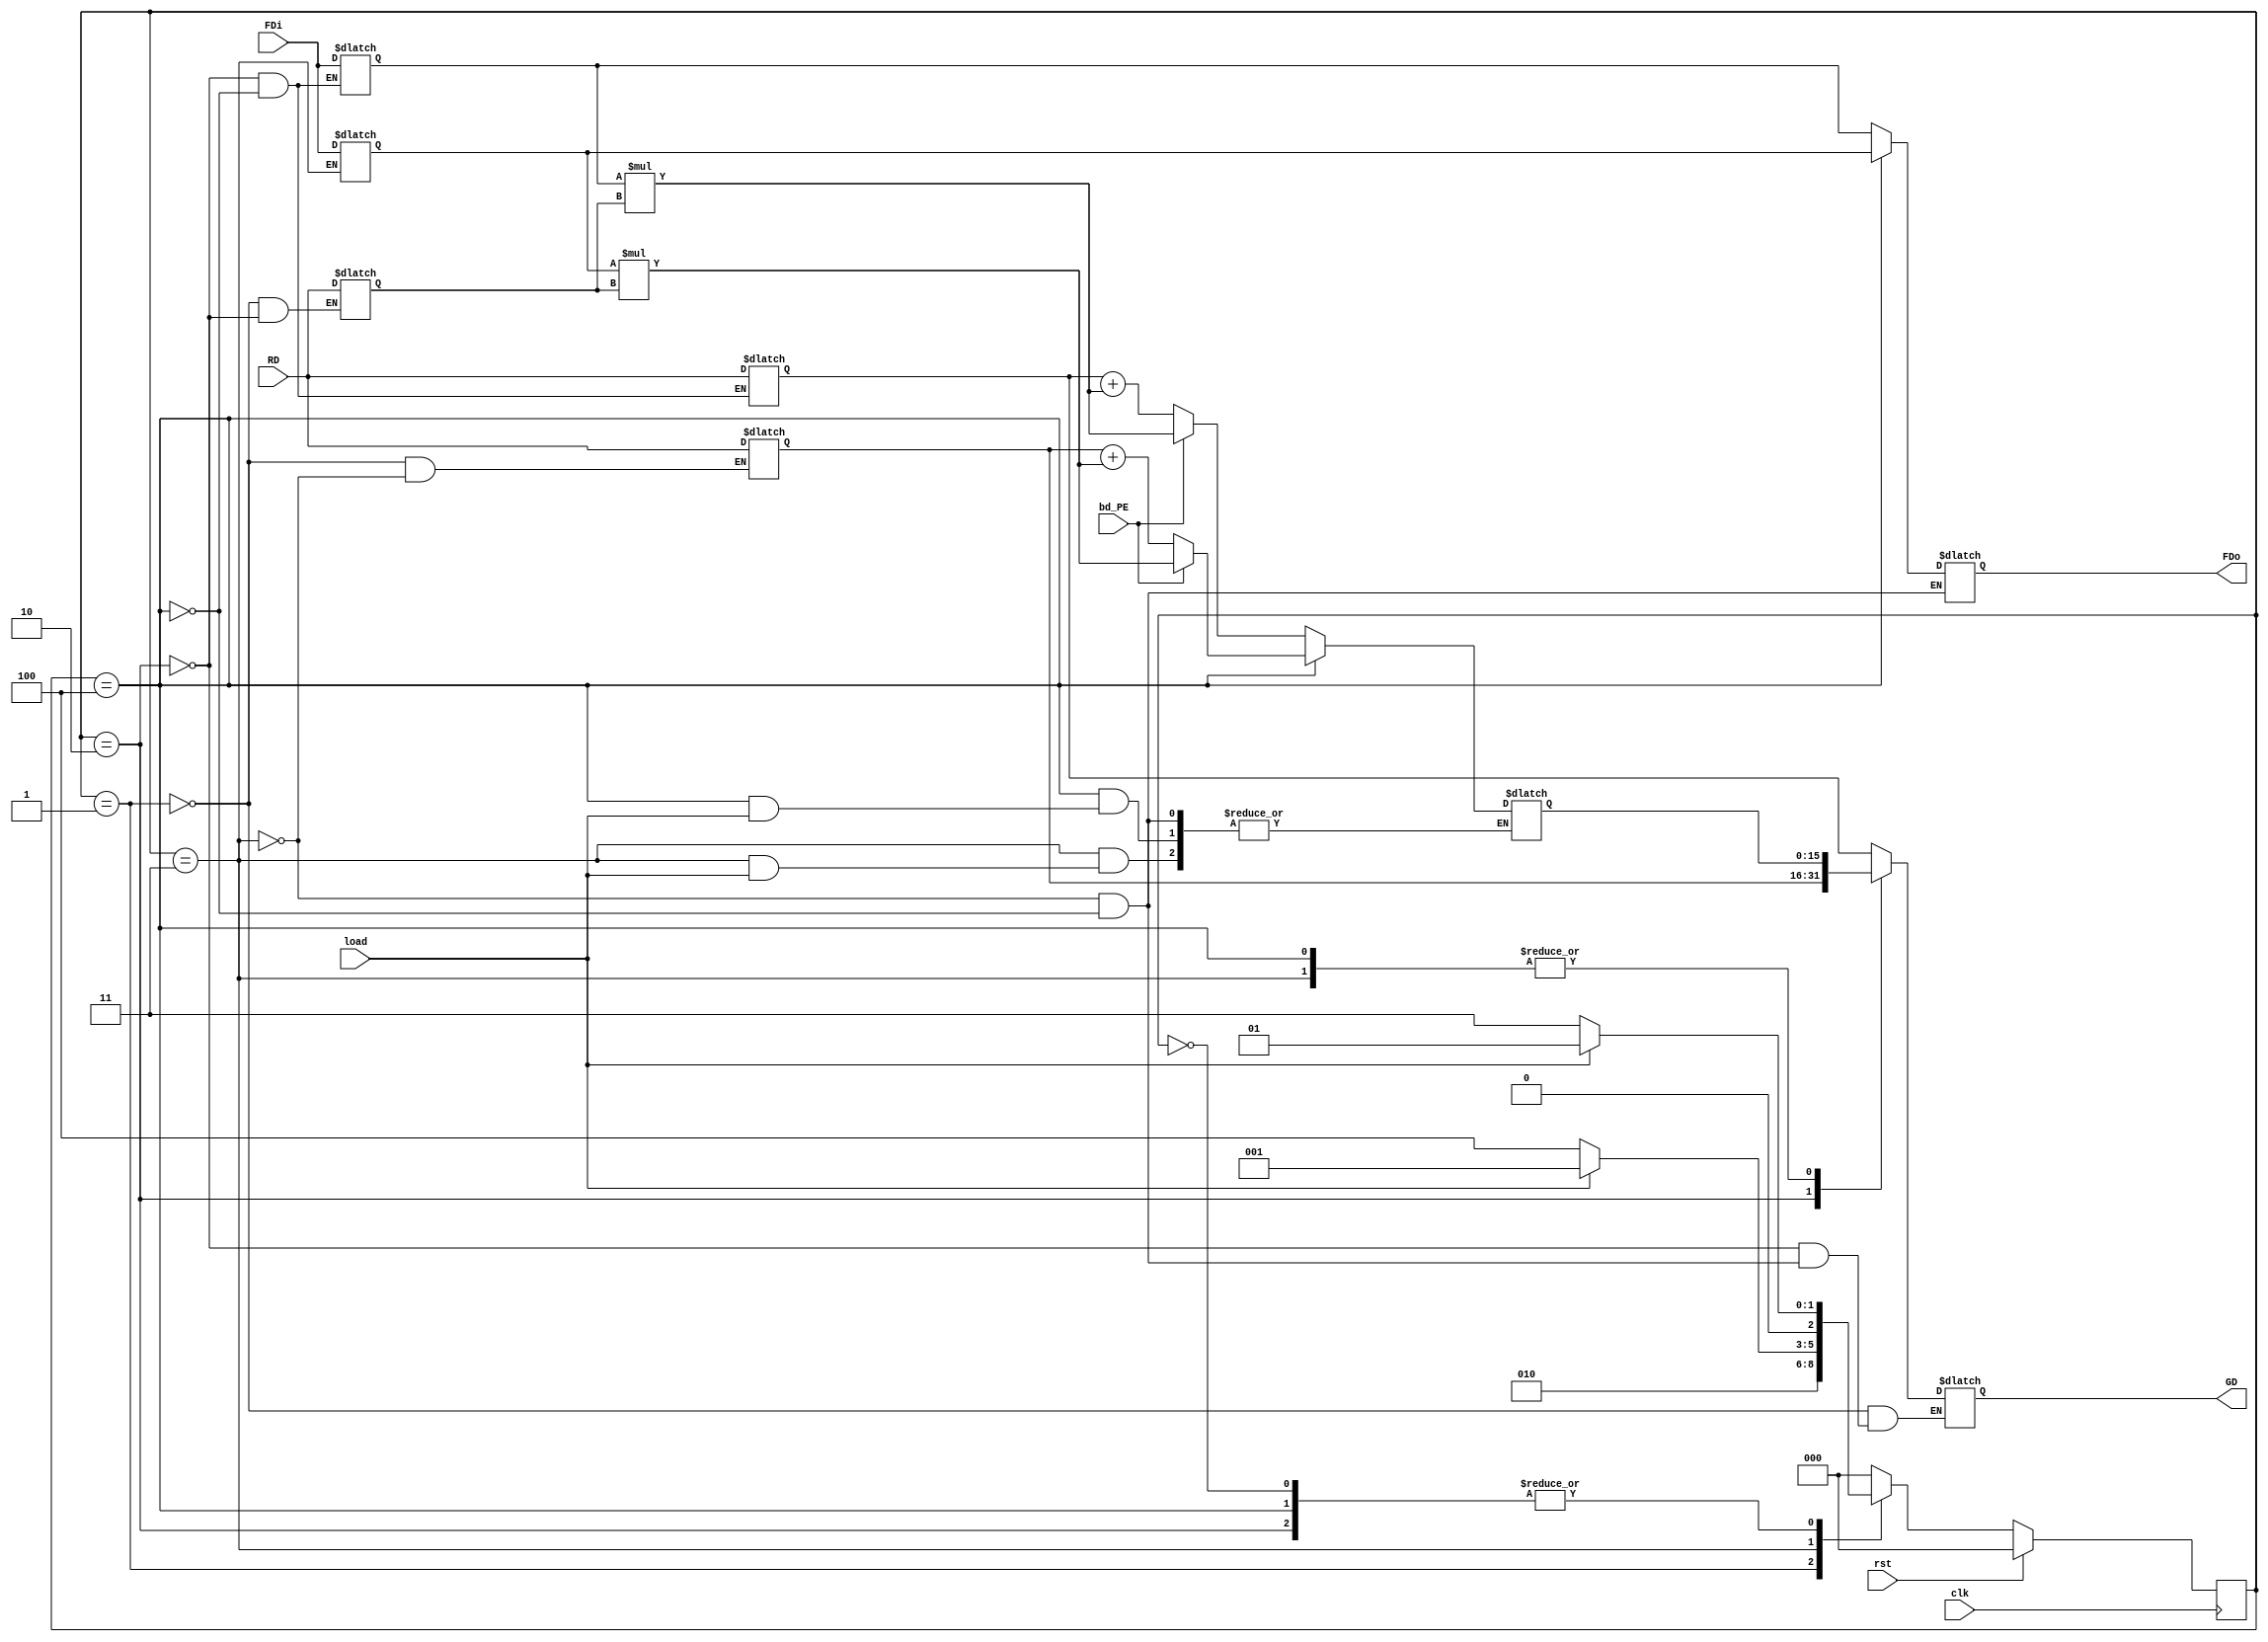
module pe(RD,FDi,clk,rst,load,bd_PE,GD,FDo);
    
    //Ports 
    input [DATA_WIDTH-1:0] RD,FDi;
    input clk,rst,load,bd_PE;
    output reg [DATA_WIDTH-1:0] GD,FDo;
    
    //Constant
	parameter 
			DATA_WIDTH=16,
			PE_rst=0,
			load_LR=1,
			load_out=2,
			feed_get=3,
			feed_out=4;
              
    
    //Regs
    reg [DATA_WIDTH-1:0] LR, mult, mac, RD_reg [0:1], FDi_reg_0, FDi_reg_1;
    			
    reg[2:0]  p_state, n_state;

    //for index
    //reg[3:0] i=0;
           
   always @ (p_state,load)
    
    begin
            
        case (p_state)
        
		PE_rst: // state 0

			// next state
			begin
				if (load)
					n_state=load_LR;
				else
					n_state=feed_get;
			end
        
		load_LR: // state 1
			begin		

				// input port
				RD_reg[0]=RD;
				// LR load
				LR=RD;
				// output ports 
				GD=RD_reg[1];
				
				// next state
				n_state=load_out;
			end
        
	        load_out: // state 2
	        
        		begin	
				// input ports
        			RD_reg[1]=RD;
        			LR=RD;
        			FDi_reg_0=FDi; // FDi reg 0
        			
        		// output port
        			GD=RD_reg[0];
        			
        		// next state
        			if (load)
        				n_state=load_LR;
					else
					n_state=feed_get;
				end
			
		feed_get: // state 3
			begin
				// input ports
					RD_reg[0]=RD;
					FDi_reg_1=FDi; // FDi reg 1 
					
				// Ouput ports
					GD=mac;
					FDo=FDi_reg_0;
				
				// next state
				if (load)
					n_state=load_LR;
				else
					begin
						mult = FDi_reg_0 * LR;
						if (bd_PE)
							mac= mult;
						else
						mac = RD_reg[1] + mult;
						
						n_state = feed_out;
					end
			end
			
		feed_out: // state 4
			begin
				// input ports
				RD_reg[1]=RD;
				FDi_reg_0 = FDi; // FDi reg 0
				
				// ouput ports
				GD=mac;
				FDo=FDi_reg_1;
				
				// next state
				if (load)
					n_state=load_LR;
				else
					begin
						mult = FDi_reg_1 * LR;
						if (bd_PE)
							mac= mult;
						else
							mac=RD_reg[0] + mult;
							
						n_state = feed_get;
					end
			end

        
        default: n_state= PE_rst;
         
        endcase
    end
         
  always @ (posedge clk)
    begin     
       if (rst)
         begin
           p_state=PE_rst; 
         end
         
       else
           p_state=n_state;
    end
   
endmodule